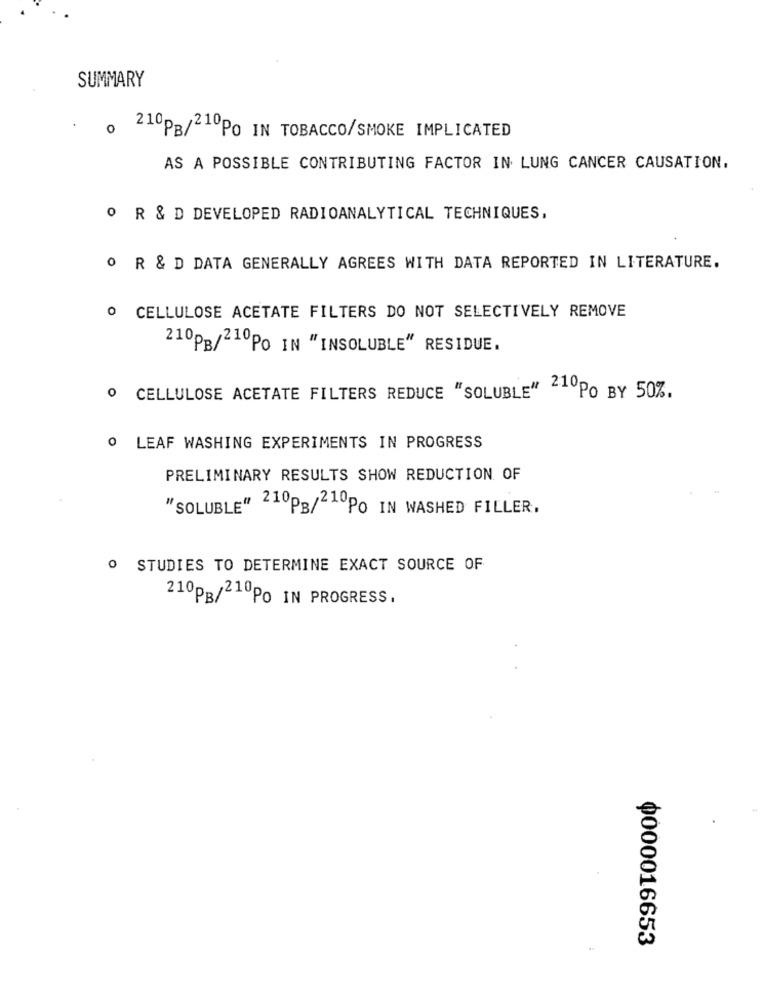
SUMMARY
o 210PB/210PO IN TOBACCO/SMOKE IMPLICATED
AS A POSSIBLE CONTRIBUTING FACTOR IN LUNG CANCER CAUSATION.
O R & D DEVELOPED RADIOANALYTICAL TECHNIQUES,
O R & D DATA GENERALLY AGREES WITH DATA REPORTED IN LITERATURE.
O CELLULOSE ACETATE FILTERS DO NOT SELECTIVELY REMOVE
210pB/21ºPo IN "INSOLUBLE" RESIDUE.
º CELLULOSE ACETATE FILTERS REDUCE "SOLUBLE" 210PO BY 50%.
0 LEAF WASHING EXPERIMENTS IN PROGRESS
PRELIMINARY RESULTS SHOW REDUCTION OF
"SOLUBLE" 210pg/210PO IN WASHED FILLER,
º STUDIES TO DETERMINE EXACT SOURCE OF
210PB/210Po IN PROGRESS.
Ф000016653